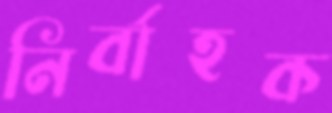
নির্বাহক